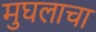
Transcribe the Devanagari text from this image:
मुघलाचा